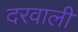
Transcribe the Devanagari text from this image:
दरवाली